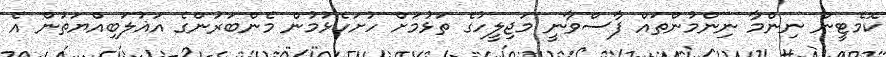
ކޮމެޓީން ނިންމާ ނިންމުންތައް ފާސްވާނީ މަޖިލީހުގެ ތަޅުމަށް ހުށަހެޅުމުން މެންބަރުންގެ އަޣުލަބިއްޔަތުން އެ